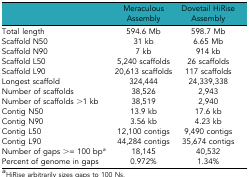
<table><thead><tr><td></td><td><b>Meraculous Assembly</b></td><td><b>Dovetail HiRise Assembly</b></td></tr></thead><tbody><tr><td>Total length</td><td>594.6 Mb</td><td>598.7 Mb</td></tr><tr><td>Scaffold N50</td><td>31 kb</td><td>6.65 Mb</td></tr><tr><td>Scaffold N90</td><td>7 kb</td><td>914 kb</td></tr><tr><td>Scaffold L50</td><td>5,240 scaffolds</td><td>26 scaffolds</td></tr><tr><td>Scaffold L90</td><td>20,613 scaffolds</td><td>117 scaffolds</td></tr><tr><td>Longest scaffold</td><td>324,444</td><td>24,339,338</td></tr><tr><td>Number of scaffolds</td><td>38,526</td><td>2,943</td></tr><tr><td>Number of scaffolds &gt;1 kb</td><td>38,519</td><td>2,940</td></tr><tr><td>Contig N50</td><td>13.9 kb</td><td>17.6 kb</td></tr><tr><td>Contig N90</td><td>3.56 kb</td><td>4.23 kb</td></tr><tr><td>Contig L50</td><td>12,100 contigs</td><td>9,490 contigs</td></tr><tr><td>Contig L90</td><td>44,284 contigs</td><td>35,674 contigs</td></tr><tr><td>Number of gaps &gt;= 100 bp<i><sup>a</sup></i></td><td>18,145</td><td>40,532</td></tr><tr><td>Percent of genome in gaps</td><td>0.972%</td><td>1.34%</td></tr></tbody></table>